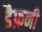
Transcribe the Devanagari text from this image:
डैफ़नी